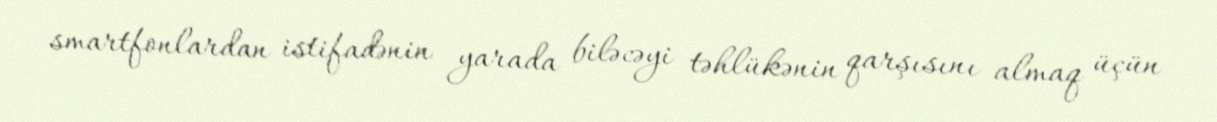
smartfonlardan istifadənin yarada biləcəyi təhlükənin qarşısını almaq üçün